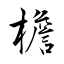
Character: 檐